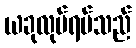
ယခုလုပ်ရပ်သည်